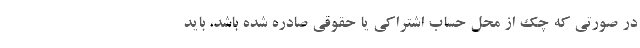
در صورتی که چک از محل حساب اشتراکی یا حقوقی صادره شده باشد، باید